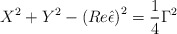
\begin{align*}X^2+Y^2-\left( Re\hat \epsilon \right) ^2=\frac 14\Gamma^2\end{align*}